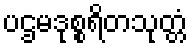
ပဌမဒုစ္စရိတသုတ္တံ